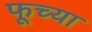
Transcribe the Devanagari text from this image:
फूच्या